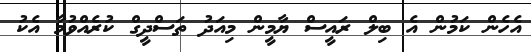
އެހެން ކަމުން އެ ބިލް ރައީސް ޔާމީން މިއަދު ތަސްދީގް ކުރެއްވުމާ އެކު